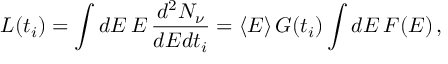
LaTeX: L ( t _ { i } ) = \int d E \, E \, \frac { d ^ { 2 } N _ { \nu } } { d E d t _ { i } } = \langle E \rangle \, G ( t _ { i } ) \int d E \, F ( E ) \, ,